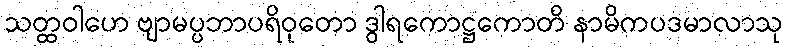
သတ္ထဝါဟေ ဗျာမပ္ပဘာပရိဝုတော ဒွါရကောဋ္ဌကောတိ နာမိကပဒမာလာသု